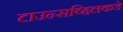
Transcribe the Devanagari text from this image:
टाउन्सव्हिलकडे